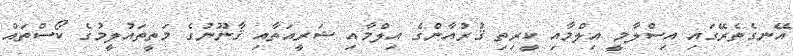
އޭނގެތެރޭގައި އިސްލާމީ އިލްމާއި ކީރިތި ޤުރުއާންގެ އިލްމާއި ޝަރީއަތާއި ޤާނޫނުގެ މަތީތައުލީމުގެ ކޯސްތައް